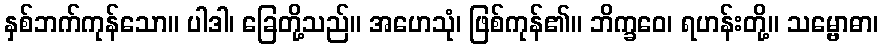
နှစ်ဘက်ကုန်သော။ ပါဒါ၊ ခြေတို့သည်။ အဟေသုံ၊ ဖြစ်ကုန်၏။ ဘိက္ခဝေ၊ ရဟန်းတို့။ သမ္ဗောဓာ၊